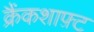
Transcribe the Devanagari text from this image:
क्रैंकशाफ़्ट